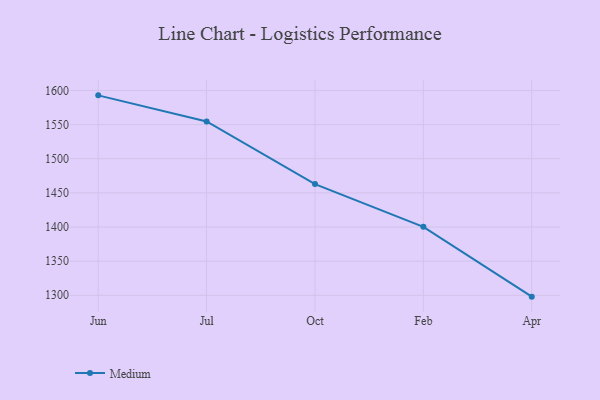
{"axis": {"x": "Month", "y": "Population (Million)"}, "legend": ["Medium"], "data": [{"x": "Jun", "y": 1592.9, "type": "Medium"}, {"x": "Jul", "y": 1554.7, "type": "Medium"}, {"x": "Oct", "y": 1462.9, "type": "Medium"}, {"x": "Feb", "y": 1400.3, "type": "Medium"}, {"x": "Apr", "y": 1298.0, "type": "Medium"}]}